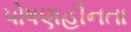
પોષણહીનતા